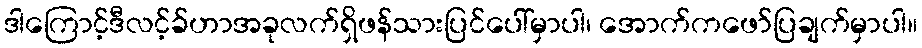
ဒါကြောင့်ဒီလင့်ခ်ဟာအခုလက်ရှိဖန်သားပြင်ပေါ်မှာပါ၊ အောက်ကဖော်ပြချက်မှာပါ။